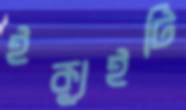
ইক্যুইটি